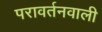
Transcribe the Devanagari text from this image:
परावर्तनवाली